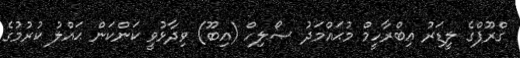
ގްރޫޕްގެ ލީޑަރު އިބްރާހީމް މުޙައްމަދު ޞޯލިހް (އިބޫ) ވިދާޅުވީ ކަންކަން ޙައްލު ކުރުމުގެ